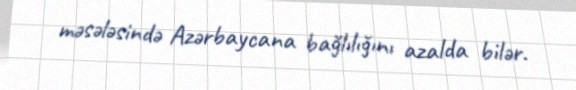
məsələsində Azərbaycana bağlılığını azalda bilər.